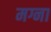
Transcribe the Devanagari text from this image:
मग्ना